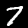
Label: 7